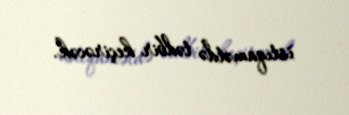
istiqamətdə tədbir keçirəcək.